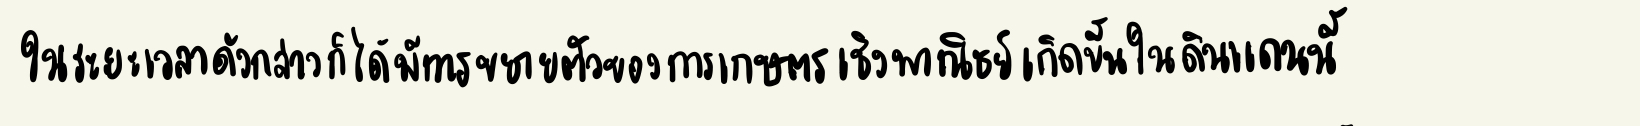
ในช่วงระยะเวลาดังกล่าวก็ได้มีการขยายตัวของการเกษตรเชิงพาณิชย์เกิดขึ้นในดินแดนแถบนี้